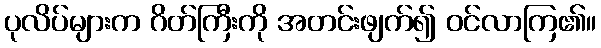
ပုလိပ်များက ဂိတ်ကြီးကို အတင်းဖျက်၍ ဝင်လာကြ၏။